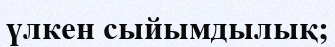
үлкен сыйымдылық;